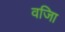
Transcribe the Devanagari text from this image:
वजिा